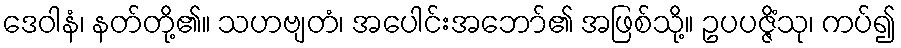
ဒေဝါနံ၊ နတ်တို့၏။ သဟဗျတံ၊ အပေါင်းအဘော်၏ အဖြစ်သို့။ ဥပပဇ္ဇိံသု၊ ကပ်၍